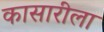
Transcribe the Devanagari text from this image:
कासारीला